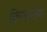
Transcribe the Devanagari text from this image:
क्रिज्सतोफ